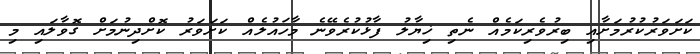
ކަށަވަރުކުރުމަށާއި ބިރުވެރިކަމެއް ނެތި ޚިޔާލު ފާޅުކުރެވޭނެ މާހައުލެއް ކަށަވަރު ކޮށްދިނުމަށް ގޮވާލައި މި